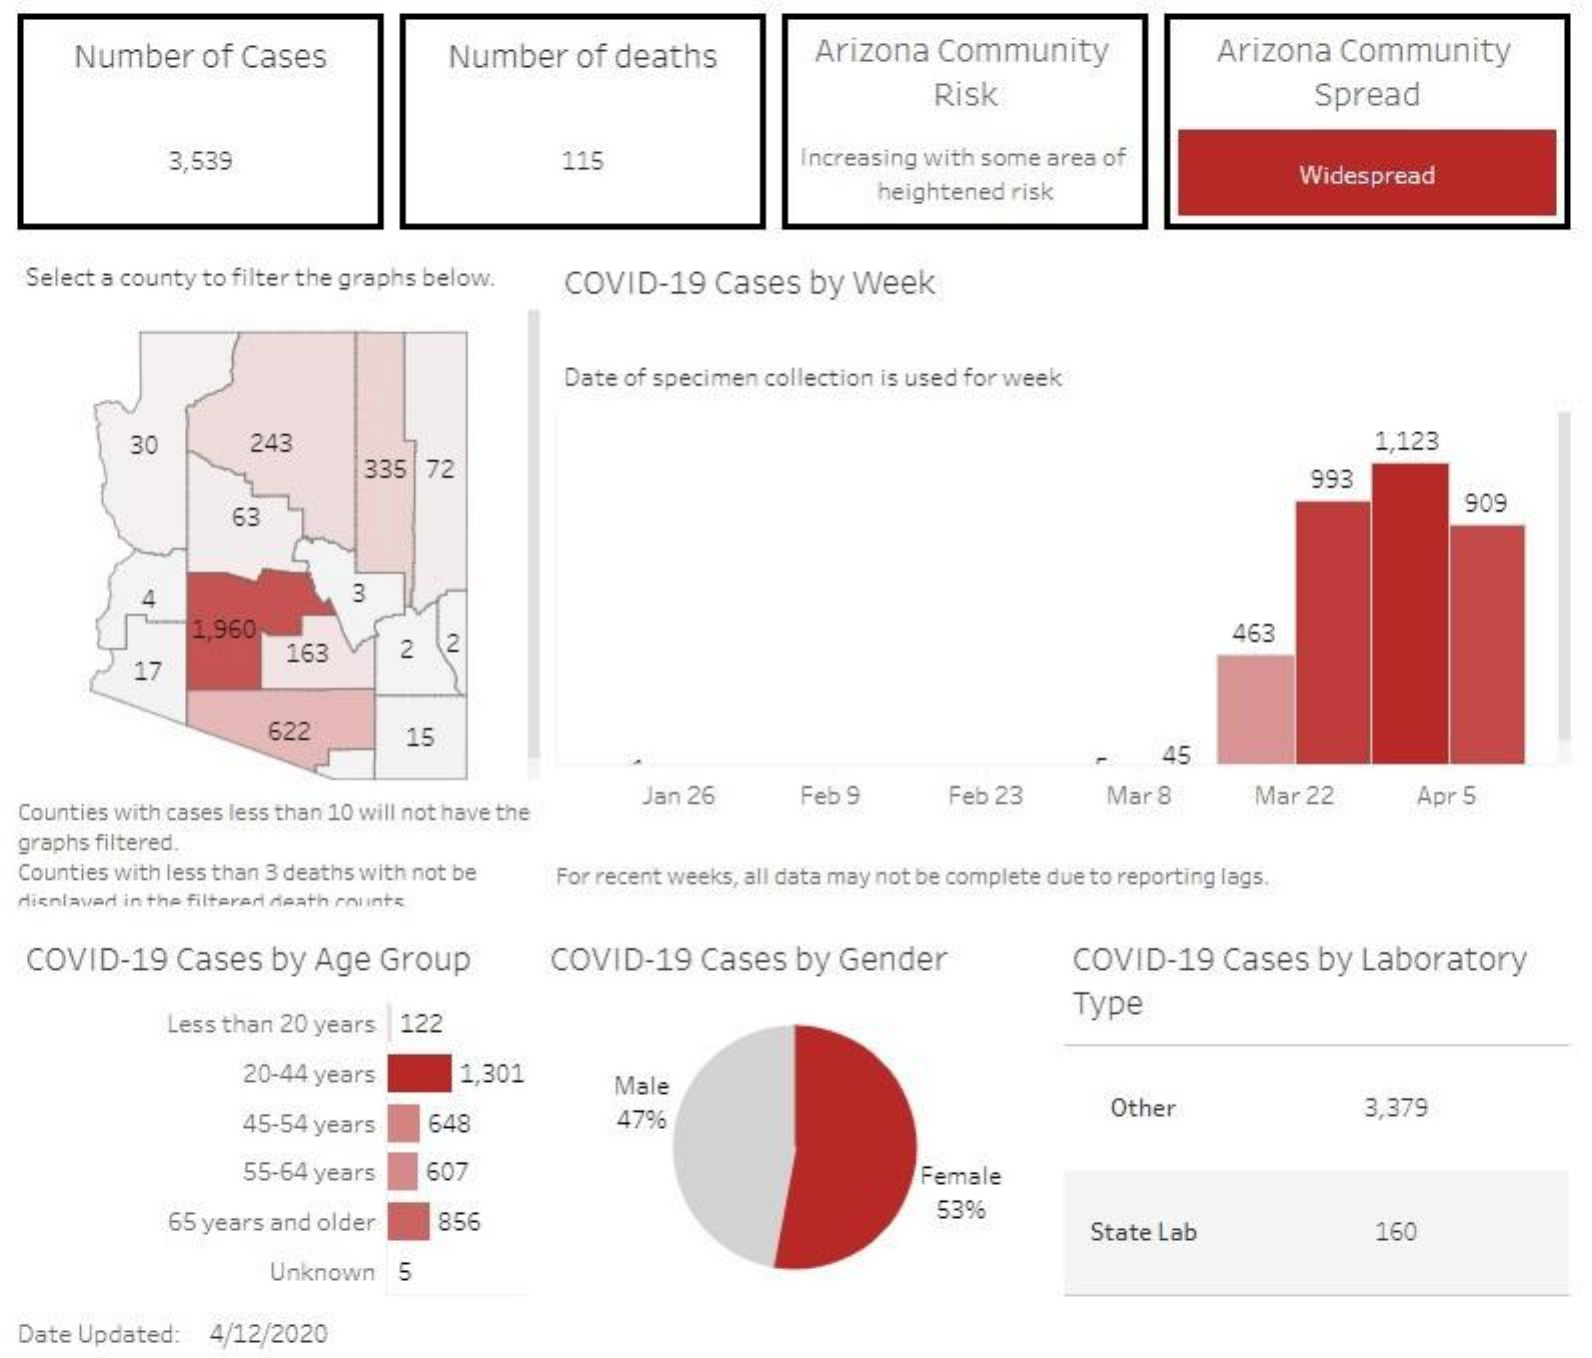
Number   of Cases    Number   of deaths    Arizona  Community    Arizona  Community
     Risk    Spread
     3,539    115    Increasing with some area of
     heightened risk
     Widespread
  Select a county to filter the graphs below. COVID-19 Cases by Week
     Date of specimen collection is used for week
     30    243
     335  72
     1,123
     993
     63
     909
     3
     1,960
     2  2    463
     17
     163
     622    15
     45
  Counties with cases less than 10 will not have the
     Jan 26    Feb 9    Feb 23    Mar 8    Mar 22    Apr 5
  graphs filtered.
  Counties with less than 3 deaths with not be For recent weeks, all data may not be complete due to reporting lags.
  Hisnlaved in the filtered death roiints
  COVID-19   Cases  by  Age Group    COVID-19   Cases  by  Gender    COVID-19   Cases  by Laboratory
     Less than 20 years 122
     Type
     20-44 years    1,301    Male
     45-54 years   648    47%    Other    3,379
     55-64 years   607    Female
     65 years and older  856    53%
     State Lab    160
     Unknown   5
  Date Updated: 4/12/2020